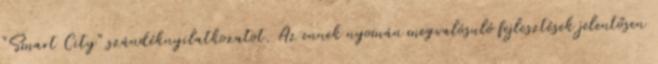
"Smart City" szándéknyilatkozatot. Az ennek nyomán megvalósuló fejlesztések jelentősen